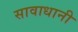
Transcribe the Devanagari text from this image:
सावाधानी